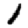
Digit: 1